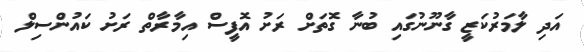
އަދި ލާމަރުކަޒީ ގާނޫނުގައި ބުނާ ގޮތަށް ރަށު އޮފީސް އިމާރާތް ރަށު ކައުންސިލް